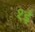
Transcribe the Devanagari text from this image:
१ई